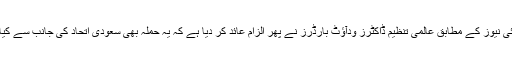
سکائی نیوز کے مطابق عالمی تنظیم ڈاکٹرز ودآﺅٹ بارڈرز نے پھر الزام عائد کر دیا ہے کہ یہ حملہ بھی سعودی اتحاد کی جانب سے کیا گیا۔